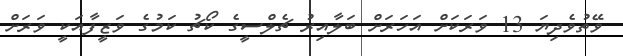
ވޭތުވެދިޔަ 13 ވަރަކަށް އަހަރަށް ބަލާއިރު ޗެލްސީގެ ކޯޗު ކަމުގެ ވަޒީފާއަކީ ވަރަށް